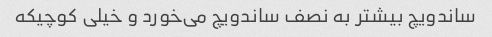
ساندویچ بیشتر به نصف ساندویچ می‌خورد و خیلی کوچیکه